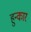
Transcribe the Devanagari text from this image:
हुन्कार